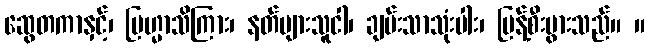
ဆွေတကာနှင့်၊ ဗြဟ္မာသိကြား၊ နတ်များသူငါ၊ ချမ်းသာသုံးပါး၊ ပြန့်စီးပွားသည်။ ။